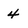
Character: 4